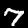
Digit: 7